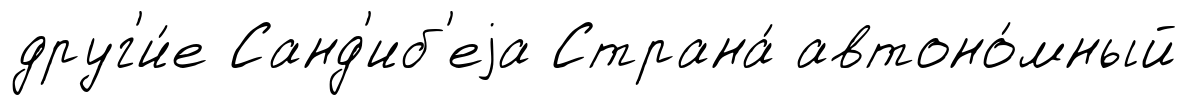
друг'и́е Санд'иб'еjа Страна́ автоно́мный